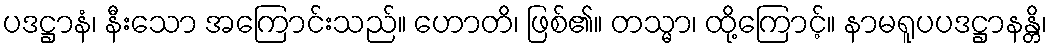
ပဒဋ္ဌာနံ၊ နီးသော အကြောင်းသည်။ ဟောတိ၊ ဖြစ်၏။ တသ္မာ၊ ထို့ကြောင့်။ နာမရူပပဒဋ္ဌာနန္တိ၊